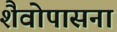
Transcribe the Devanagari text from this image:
शैवोपासना